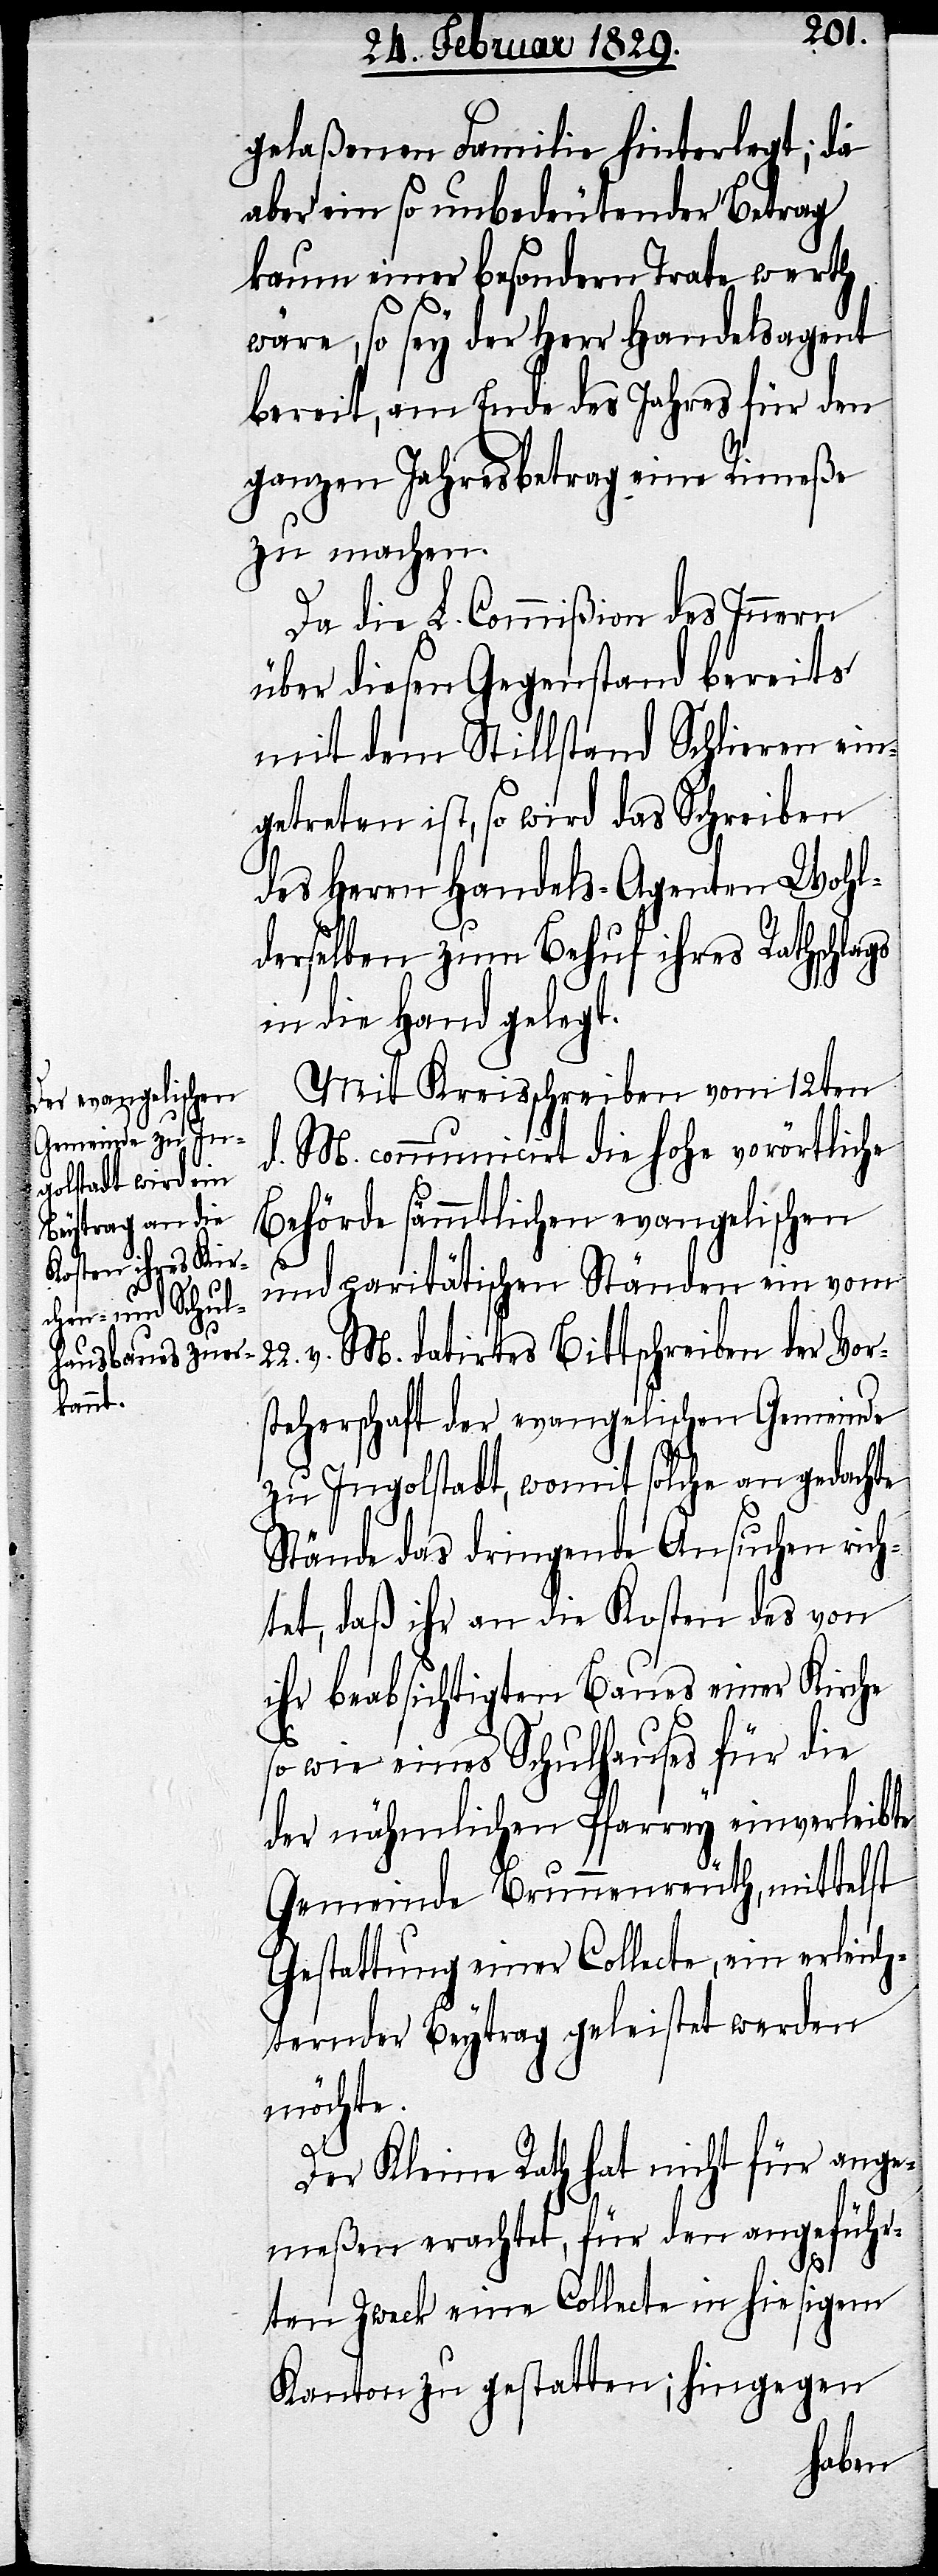
gelaßenen Familie hinterlegt; da
aber ein so unbedeutender Betrag
kaum einer besondern Trate werth
wäre, so sey der Herr Handelsagent
bereit, am Ende des Jahres für den
ganzen Jahresbetrag eine Rimeße
zu machen.
Da die L. Commißion des Innern
über diesen Gegenstand bereits
mit dem Stillstand Schlieren ein¬
getreten ist, so wird das Schreiben
des Herrn Handels-Agenten Wohl¬
derselben zum Behuf ihres Rathschlags
in die Hand gelegt.
Mit Kreisschreiben vom 12ten
d. M. communicirt die hohe vorörtliche
Behörde sämmtlichen evangelischen
und paritätischen Ständen ein vom
v. M. datirtes Bittschreiben der Vor¬
steherschaft der evangelischen Gemeinde
zu Ingolstadt, womit solche an gedachte
Stände das dringende Ansuchen rich¬
tet, daß ihr an die Kosten des von
ihr beabsichtigten Baues einer Kirche
so wie eines Schulhauses für die
der nähmlichen Pfarrey einverleibte
Gemeinde Brunnenreuth, mittelst
Gestattung einer Collecte, ein erleich¬
ternder Beytrag geleistet werden
möchte.
Der Kleine Rath hat nicht für ange¬
meßen erachtet, für den angeführ¬
ten Zweck eine Collecte in hiesigem
Kanton zu gestatten; hingegen